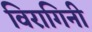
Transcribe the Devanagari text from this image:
विरागिनी